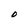
Character: D